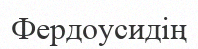
Фердоусидің